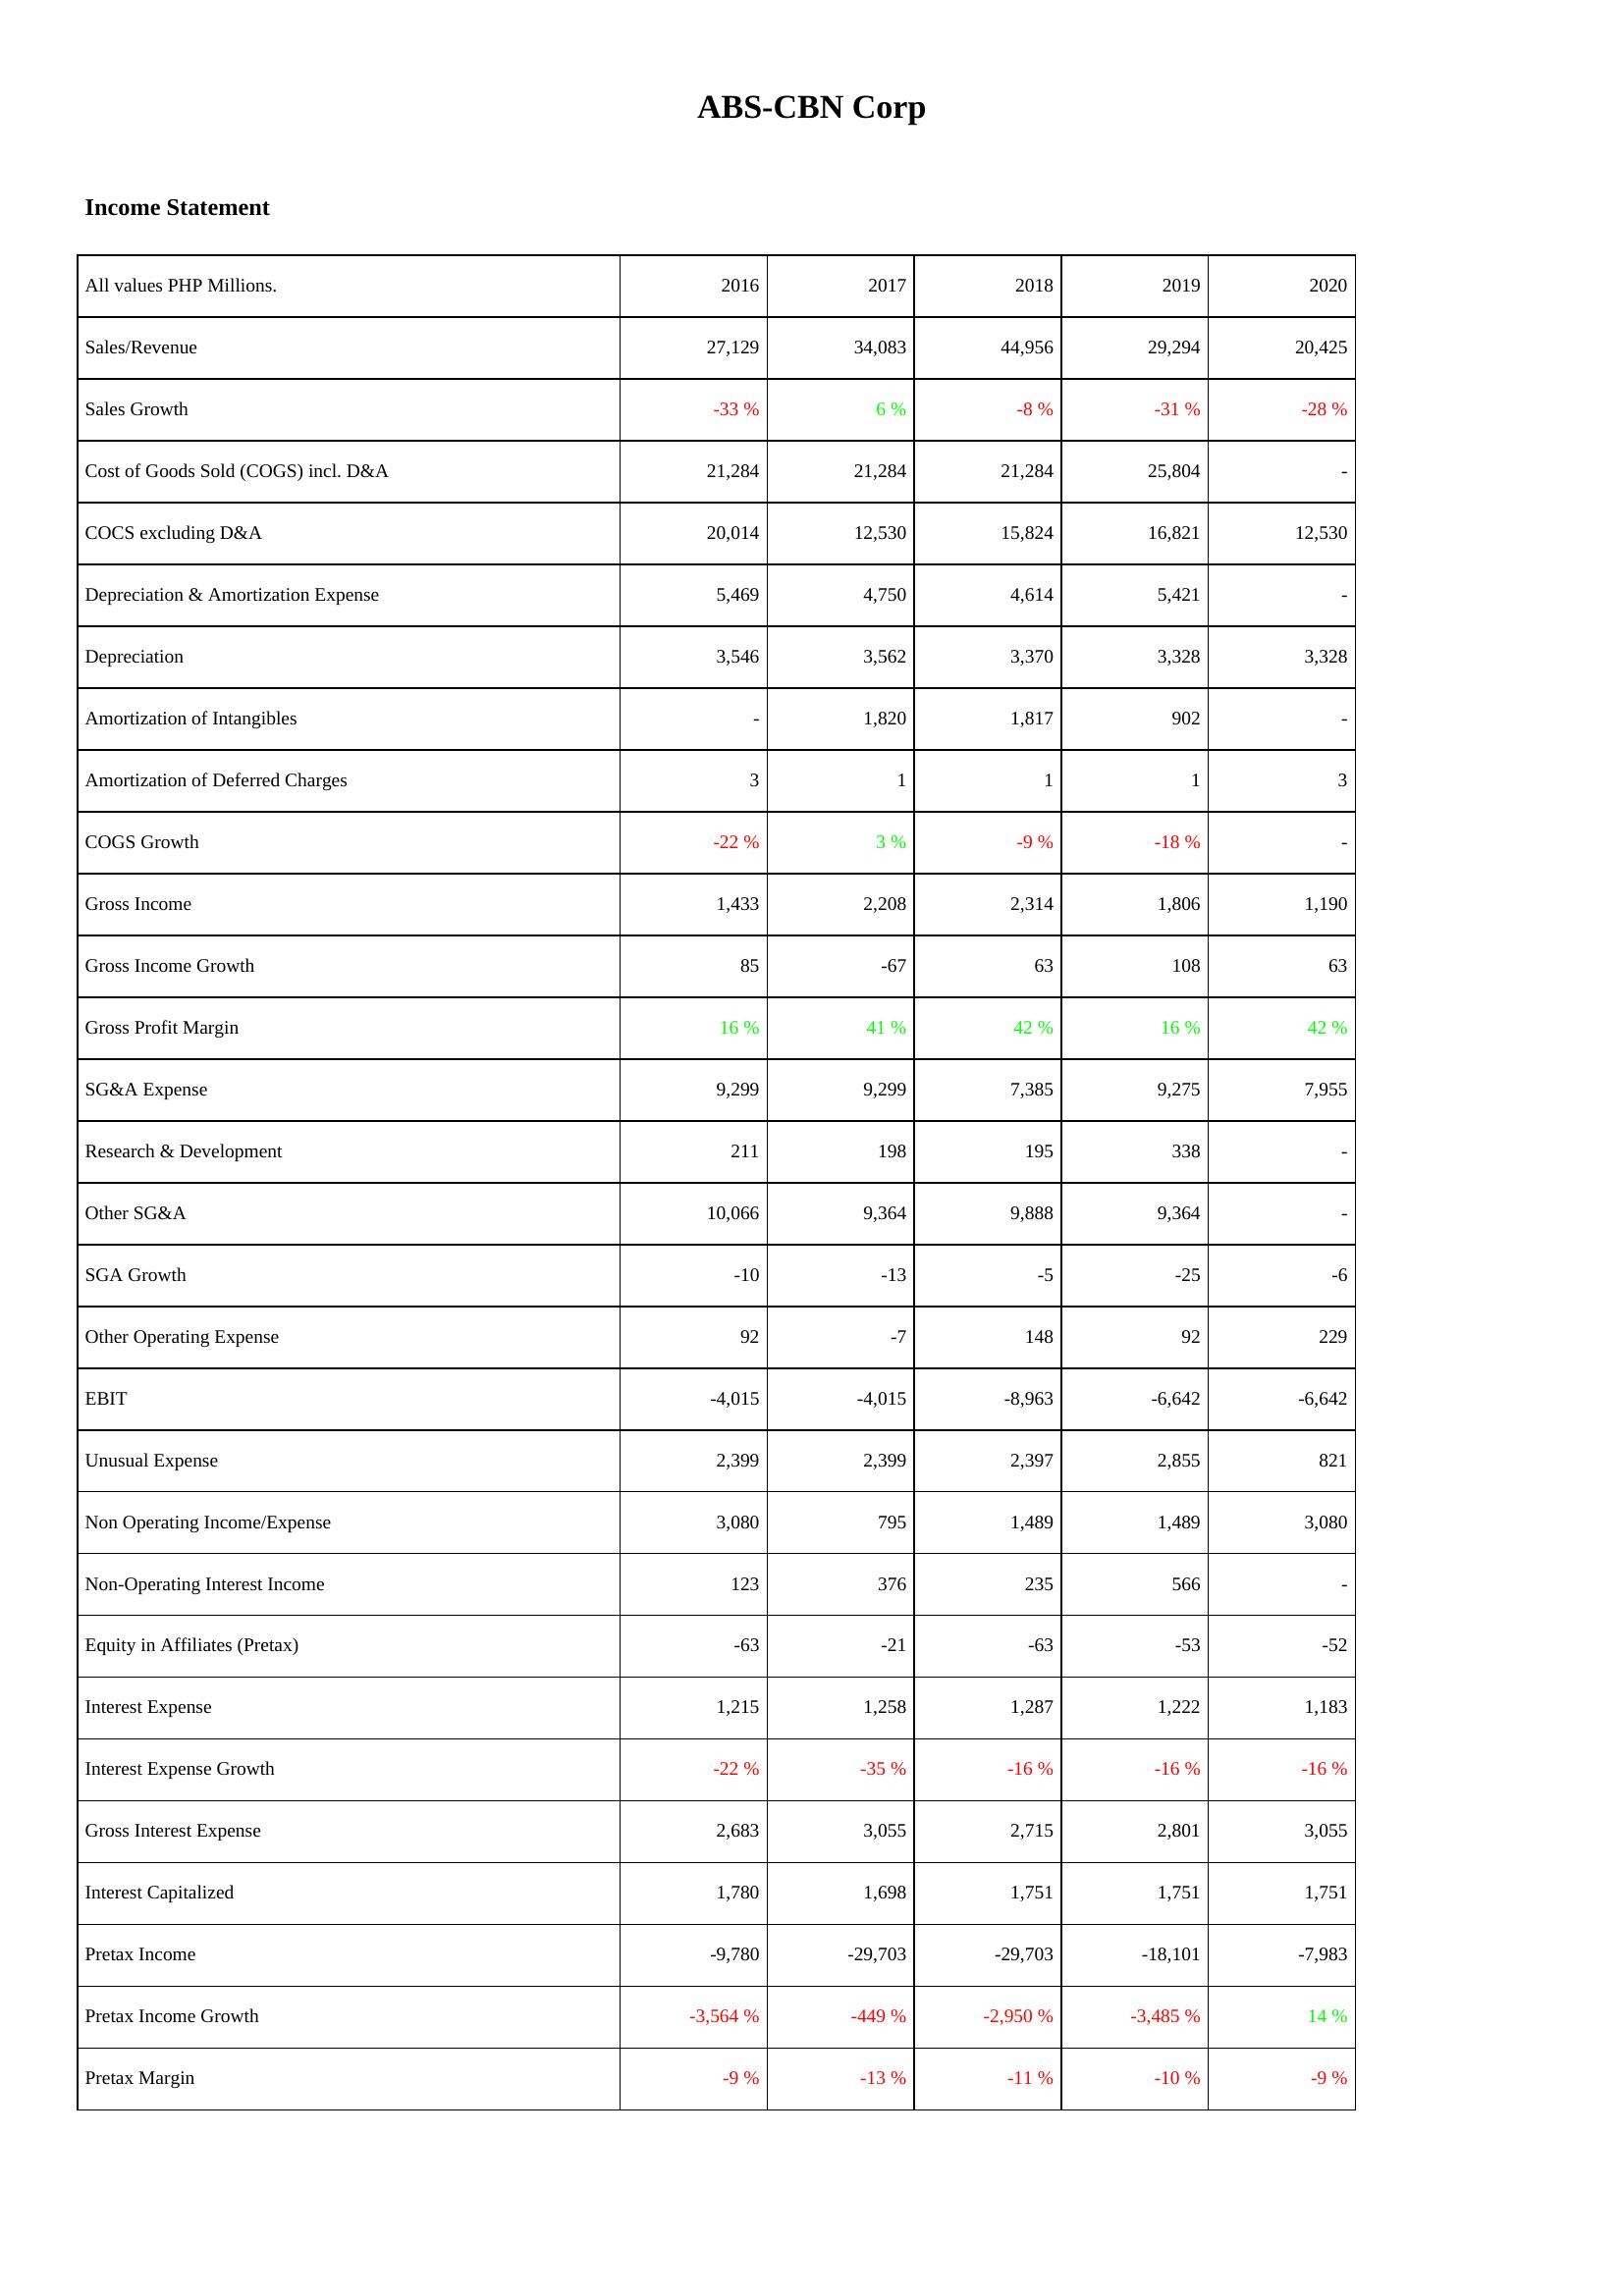
2016: Income Statement: Sales/Revenue: 27,129
Sales Growth: -33 %
Cost of Goods Sold (COGS) incl. D&A: 21,284
COCS excluding D&A: 20,014
Depreciation & Amortization Expense: 5,469
Depreciation: 3,546
Amortization of Intangibles: -
Amortization of Deferred Charges: 3
COGS Growth: -22 %
Gross Income: 1,433
Gross Income Growth: 85
Gross Profit Margin: 16 %
SG&A Expense: 9,299
Research & Development: 211
Other SG&A: 10,066
SGA Growth: -10
Other Operating Expense: 92
EBIT: -4,015
Unusual Expense: 2,399
Non Operating Income/Expense: 3,080
Non-Operating Interest Income: 123
Equity in Affiliates (Pretax): -63
Interest Expense: 1,215
Interest Expense Growth: -22 %
Gross Interest Expense: 2,683
Interest Capitalized: 1,780
Pretax Income: -9,780
Pretax Income Growth: -3,564 %
Pretax Margin: -9 %
2017: Income Statement: Sales/Revenue: 34,083
Sales Growth: 6 %
Cost of Goods Sold (COGS) incl. D&A: 21,284
COCS excluding D&A: 12,530
Depreciation & Amortization Expense: 4,750
Depreciation: 3,562
Amortization of Intangibles: 1,820
Amortization of Deferred Charges: 1
COGS Growth: 3 %
Gross Income: 2,208
Gross Income Growth: -67
Gross Profit Margin: 41 %
SG&A Expense: 9,299
Research & Development: 198
Other SG&A: 9,364
SGA Growth: -13
Other Operating Expense: -7
EBIT: -4,015
Unusual Expense: 2,399
Non Operating Income/Expense: 795
Non-Operating Interest Income: 376
Equity in Affiliates (Pretax): -21
Interest Expense: 1,258
Interest Expense Growth: -35 %
Gross Interest Expense: 3,055
Interest Capitalized: 1,698
Pretax Income: -29,703
Pretax Income Growth: -449 %
Pretax Margin: -13 %
2018: Income Statement: Sales/Revenue: 44,956
Sales Growth: -8 %
Cost of Goods Sold (COGS) incl. D&A: 21,284
COCS excluding D&A: 15,824
Depreciation & Amortization Expense: 4,614
Depreciation: 3,370
Amortization of Intangibles: 1,817
Amortization of Deferred Charges: 1
COGS Growth: -9 %
Gross Income: 2,314
Gross Income Growth: 63
Gross Profit Margin: 42 %
SG&A Expense: 7,385
Research & Development: 195
Other SG&A: 9,888
SGA Growth: -5
Other Operating Expense: 148
EBIT: -8,963
Unusual Expense: 2,397
Non Operating Income/Expense: 1,489
Non-Operating Interest Income: 235
Equity in Affiliates (Pretax): -63
Interest Expense: 1,287
Interest Expense Growth: -16 %
Gross Interest Expense: 2,715
Interest Capitalized: 1,751
Pretax Income: -29,703
Pretax Income Growth: -2,950 %
Pretax Margin: -11 %
2019: Income Statement: Sales/Revenue: 29,294
Sales Growth: -31 %
Cost of Goods Sold (COGS) incl. D&A: 25,804
COCS excluding D&A: 16,821
Depreciation & Amortization Expense: 5,421
Depreciation: 3,328
Amortization of Intangibles: 902
Amortization of Deferred Charges: 1
COGS Growth: -18 %
Gross Income: 1,806
Gross Income Growth: 108
Gross Profit Margin: 16 %
SG&A Expense: 9,275
Research & Development: 338
Other SG&A: 9,364
SGA Growth: -25
Other Operating Expense: 92
EBIT: -6,642
Unusual Expense: 2,855
Non Operating Income/Expense: 1,489
Non-Operating Interest Income: 566
Equity in Affiliates (Pretax): -53
Interest Expense: 1,222
Interest Expense Growth: -16 %
Gross Interest Expense: 2,801
Interest Capitalized: 1,751
Pretax Income: -18,101
Pretax Income Growth: -3,485 %
Pretax Margin: -10 %
2020: Income Statement: Sales/Revenue: 20,425
Sales Growth: -28 %
Cost of Goods Sold (COGS) incl. D&A: -
COCS excluding D&A: 12,530
Depreciation & Amortization Expense: -
Depreciation: 3,328
Amortization of Intangibles: -
Amortization of Deferred Charges: 3
COGS Growth: -
Gross Income: 1,190
Gross Income Growth: 63
Gross Profit Margin: 42 %
SG&A Expense: 7,955
Research & Development: -
Other SG&A: -
SGA Growth: -6
Other Operating Expense: 229
EBIT: -6,642
Unusual Expense: 821
Non Operating Income/Expense: 3,080
Non-Operating Interest Income: -
Equity in Affiliates (Pretax): -52
Interest Expense: 1,183
Interest Expense Growth: -16 %
Gross Interest Expense: 3,055
Interest Capitalized: 1,751
Pretax Income: -7,983
Pretax Income Growth: 14 %
Pretax Margin: -9 %